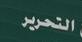
التحرير